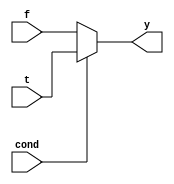
module mux2 # (parameter WIDTH = 8)
        (input [WIDTH - 1:0] f, t,
        input cond,
        output reg [WIDTH -1:0] y);
    assign y = cond ? t : f;
endmodule